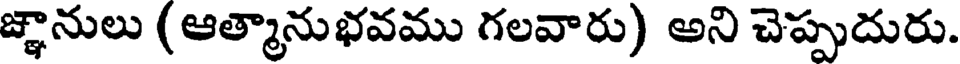
జ్ఞానులు ( ఆత్మానుభవము గలవారు) అని చెప్పుదురు.